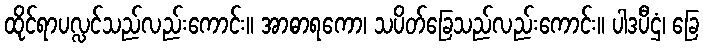
ထိုင်ရာပလ္လင်သည်လည်းကောင်း။ အာဓာရကော၊ သပိတ်ခြေသည်လည်းကောင်း။ ပါဒပီဌံ၊ ခြေ